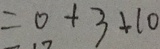
= 0 + 3 + 1 0